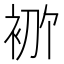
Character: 𫋶